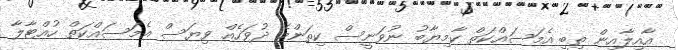
އާއިލާއިން ތިބީ އެމަސައްކަތް ކާމިޔާބު ނުވަނީސް ކިތަންމެ ދުވަހެއް ވިޔަސް އެމަސައްކަތް ހުއްޓާލާ